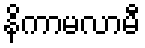
နိကာမလာမီ